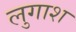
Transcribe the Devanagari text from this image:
लुगाश